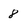
Character: 8